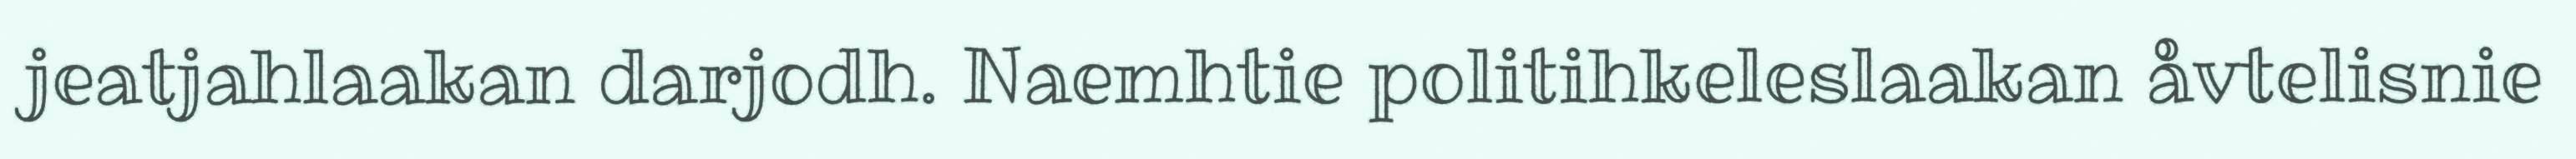
jeatjahlaakan darjodh. Naemhtie politihkeleslaakan åvtelisnie